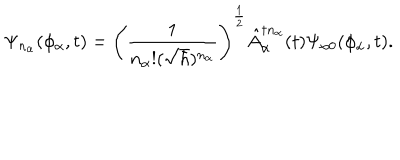
\Psi _ { n _ { \alpha } } ( \phi _ { \alpha } , t ) = \left( \frac { 1 } { n _ { \alpha } ! ( \sqrt { \hbar } ) ^ { n _ { \alpha } } } \right) ^ { \frac { 1 } { 2 } } \hat { A } _ { \alpha } ^ { \dagger n _ { \alpha } } ( t ) \Psi _ { \alpha 0 } ( \phi _ { \alpha } , t ) .